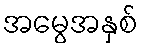
အမွေအနှစ်